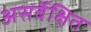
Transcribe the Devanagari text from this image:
असर्वेक्षित